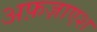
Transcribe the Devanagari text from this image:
अफ़ज़ाएश